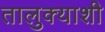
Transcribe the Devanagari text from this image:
तालुक्‍याशी